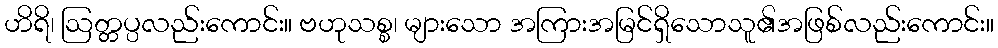
ဟိရိ၊ ဩတ္တပ္ပလည်းကောင်း။ ဗဟုသစ္စ၊ များသော အကြားအမြင်ရှိသောသူ၏အဖြစ်လည်းကောင်း။